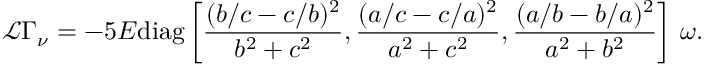
\mathcal { L } \boldsymbol { \Gamma } _ { \nu } = - 5 E \mathrm { d i a g } \left[ \frac { ( b / c - c / b ) ^ { 2 } } { b ^ { 2 } + c ^ { 2 } } , \frac { ( a / c - c / a ) ^ { 2 } } { a ^ { 2 } + c ^ { 2 } } , \frac { ( a / b - b / a ) ^ { 2 } } { a ^ { 2 } + b ^ { 2 } } \right] \, \boldsymbol { \omega } .